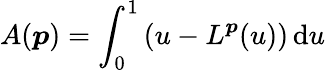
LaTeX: A(\boldsymbol{p})=\int_{0}^{1}\left(u-L^{\boldsymbol{p}}(u)\right)\, \mathrm{d}u